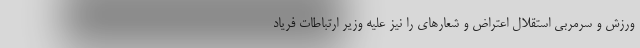
ورزش و سرمربی استقلال اعتراض و شعارهای را نیز علیه وزیر ارتباطات فریاد